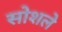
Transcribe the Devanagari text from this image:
सोशले